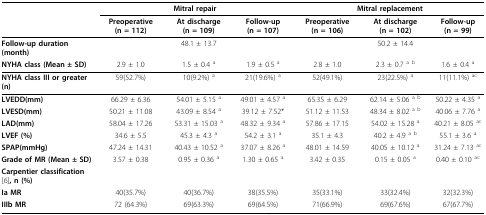
<table><thead><tr><td></td><td colspan="3"><b>Mitral repair</b></td><td colspan="3"><b>Mitral replacement</b></td></tr><tr><td></td><td><b>Preoperative (n = 112)</b></td><td><b>At discharge (n = 109)</b></td><td><b>Follow-up (n = 107)</b></td><td><b>Preoperative (n = 106)</b></td><td><b>At discharge (n = 102)</b></td><td><b>Follow-up (n = 99)</b></td></tr></thead><tbody><tr><td><b>Follow-up duration (month)</b></td><td>48.1 ± 13.7</td><td></td><td></td><td>50.2 ± 14.4</td><td></td><td></td></tr><tr><td><b>NYHA class (Mean ± SD)</b></td><td>2.9 ± 1.0</td><td>1.5 ± 0.4 <sup>a</sup></td><td>1.9 ± 0.5 <sup>a</sup></td><td>2.8 ± 1.0</td><td>2.3 ± 0.7 <sup>a b</sup></td><td>1.6 ± 0.4 <sup>a</sup></td></tr><tr><td><b>NYHA class III or greater(n)</b></td><td>59(52.7%)</td><td>10(9.2%) <sup>a</sup></td><td>21(19.6%) <sup>a</sup></td><td>52(49.1%)</td><td>23(22.5%) <sup>a</sup></td><td>11(11.1%) <sup>ac</sup></td></tr><tr><td><b>LVEDD(mm)</b></td><td>66.29 ± 6.36</td><td>54.01 ± 5.15 <sup>a</sup></td><td>49.01 ± 4.57 <sup>a</sup></td><td>65.35 ± 6.29</td><td>62.14 ± 5.06 <sup>a b</sup></td><td>50.22 ± 4.35 <sup>a</sup></td></tr><tr><td><b>LVESD(mm)</b></td><td>50.21 ± 11.08</td><td>43.09 ± 8.54 <sup>a</sup></td><td>39.12 ± 7.52*</td><td>51.12 ± 11.53</td><td>48.34 ± 8.02 <sup>a b</sup></td><td>40.06 ± 7.76 <sup>a</sup></td></tr><tr><td><b>LAD(mm)</b></td><td>58.04 ± 17.26</td><td>53.31 ± 15.03 <sup>a</sup></td><td>48.32 ± 9.34 <sup>a</sup></td><td>57.86 ± 17.15</td><td>54.02 ± 15.28 <sup>a</sup></td><td>40.21 ± 8.05 <sup>ac</sup></td></tr><tr><td><b>LVEF (%)</b></td><td>34.6 ± 5.5</td><td>45.3 ± 4.3 <sup>a</sup></td><td>54.2 ± 3.1 <sup>a</sup></td><td>35.1 ± 4.3</td><td>40.2 ± 4.9 <sup>a b</sup></td><td>55.1 ± 3.6 <sup>a</sup></td></tr><tr><td><b>SPAP(mmHg)</b></td><td>47.24 ± 14.31</td><td>40.43 ± 10.52 <sup>a</sup></td><td>37.07 ± 8.26 <sup>a</sup></td><td>48.01 ± 14.59</td><td>40.05 ± 10.12 <sup>a</sup></td><td>31.24 ± 7.13 <sup>ac</sup></td></tr><tr><td><b>Grade of MR (Mean ± SD)</b></td><td>3.57 ± 0.38</td><td>0.95 ± 0.36 <sup>a</sup></td><td>1.30 ± 0.65 <sup>a</sup></td><td>3.42 ± 0.35</td><td>0.15 ± 0.05 <sup>a</sup></td><td>0.40 ± 0.10 <sup>ac</sup></td></tr><tr><td><b>Carpentier classification</b>[6]<b>, n (%)</b></td><td></td><td></td><td></td><td></td><td></td><td></td></tr><tr><td><b>Ia MR</b></td><td>40(35.7%)</td><td>40(36.7%)</td><td>38(35.5%)</td><td>35(33.1%)</td><td>33(32.4%)</td><td>32(32.3%)</td></tr><tr><td><b>IIIb MR</b></td><td>72 (64.3%)</td><td>69(63.3%)</td><td>69(64.5%)</td><td>71(66.9%)</td><td>69(67.6%)</td><td>67(67.7%)</td></tr></tbody></table>